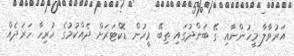
އަރުވާލާ މީހުންނާއި ގޭ ބަންދުގައި ތިބޭ މީހުން ޑޮކްޓަރަށް ދެއްކުމުގެ ހުރިހާ ހަރަދެއް